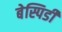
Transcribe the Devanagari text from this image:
बेस्पिडी